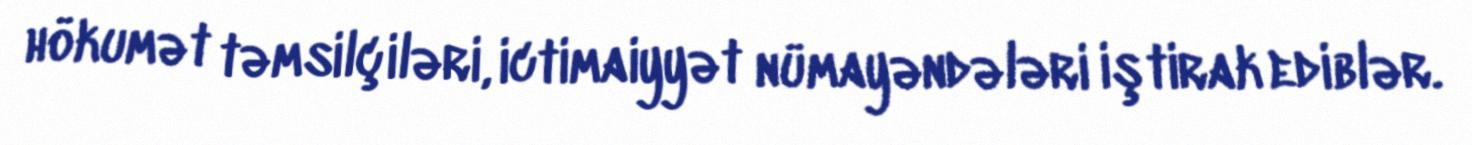
hökumət təmsilçiləri, ictimaiyyət nümayəndələri iştirak ediblər.